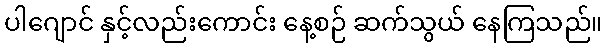
ပါဂျောင် နှင့်လည်းကောင်း နေ့စဉ် ဆက်သွယ် နေကြသည်။